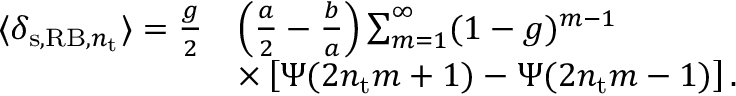
\begin{array} { r l } { \langle \delta _ { \mathrm { s } , \mathrm { R B } , n _ { \mathrm { t } } } \rangle = \frac { g } { 2 } } & { \left( \frac { a } { 2 } - \frac { b } { a } \right) \sum _ { m = 1 } ^ { \infty } ( 1 - g ) ^ { m - 1 } } \\ & { \times \left[ \Psi ( 2 n _ { \mathrm { t } } m + 1 ) - \Psi ( 2 n _ { \mathrm { t } } m - 1 ) \right] . } \end{array}